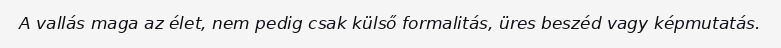
A vallás maga az élet, nem pedig csak külső formalitás, üres beszéd vagy képmutatás.